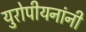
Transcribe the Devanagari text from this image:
युरोपीयनांनी